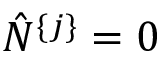
\hat { N } ^ { \{ j \} } = 0